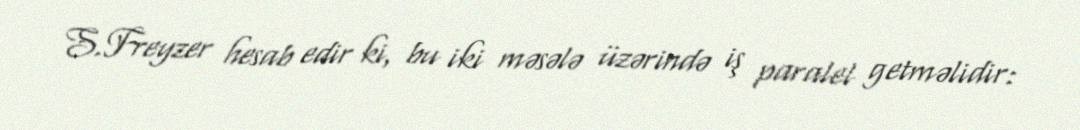
S.Freyzer hesab edir ki, bu iki məsələ üzərində iş paralel getməlidir: